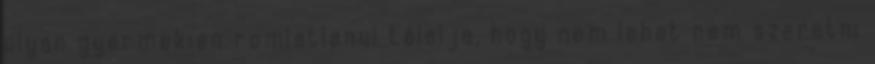
olyan gyermekien romlatlanul tálalja, hogy nem lehet nem szeretni